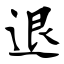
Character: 退